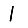
Digit: 1